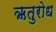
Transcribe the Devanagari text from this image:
ऋतुरोध